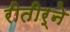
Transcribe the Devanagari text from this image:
रीतीर्ने